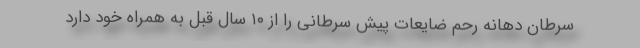
سرطان دهانه رحم ضایعات پیش سرطانی را از ۱۰ سال قبل به همراه خود دارد